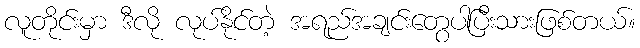
လူတိုင်းမှာ ဒီလို လုပ်နိုင်တဲ့ အရည်အချင်းတွေပါပြီးသားဖြစ်တယ်။